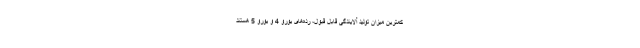
کمترین میزان تولید آلایندگی قابل قبول، رده‌های یورو 4 و یورو 5 هستند